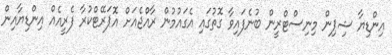
އިންޑިޔާ ޝިޕިން މިނިސްޓްރީން ބުނެފައިވާ ގޮތުގައި އެގައުމުން ރާއްޖެއަށް އޮޕަރޭޓްކުރާ ފެރީއެއް އިންޑިޔާއިން